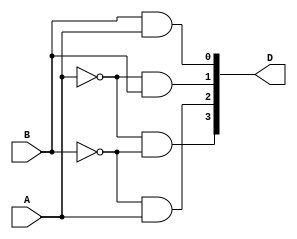
module Decoder_2X4(D,A,B);
  output [0:3] D;
  input        A,B;
  wire         w1,w2;
  
  not
  G1(w1,B),
  G2(w2,A);
  
  and
  G3(D[0],w2,w1),
  G4(D[1],w1,A),
  G5(D[2],w2,B),
  G6(D[3],B,A);
  
endmodule